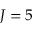
J = 5